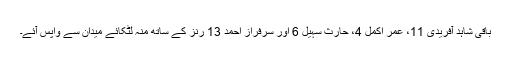
باقی شاہد آفریدی 11، عمر اکمل 4، حارث سہیل 6 اور سرفراز احمد 13 رنز کے ساتھ منہ لٹکائے میدان سے واپس آئے۔